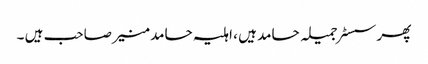
پھر سسٹر جمیلہ حامد ہیں ، اہلیہ حامد منیر صاحب ہیں ۔